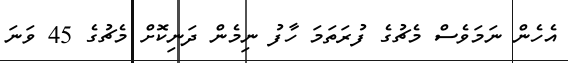
އެހެން ނަމަވެސް މެޗުގެ ފުރަތަމަ ހާފު ނިމެން ދަނިކޮށް މެޗުގެ 45 ވަނަ